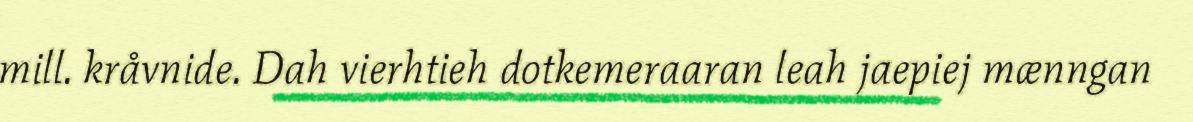
mill. kråvnide. Dah vierhtieh dotkemeraaran leah jaepiej mænngan